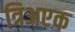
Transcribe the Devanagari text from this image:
त्रिअएक